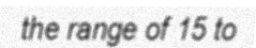
the range of 15 to